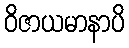
ဝိဇာယမာနာပိ